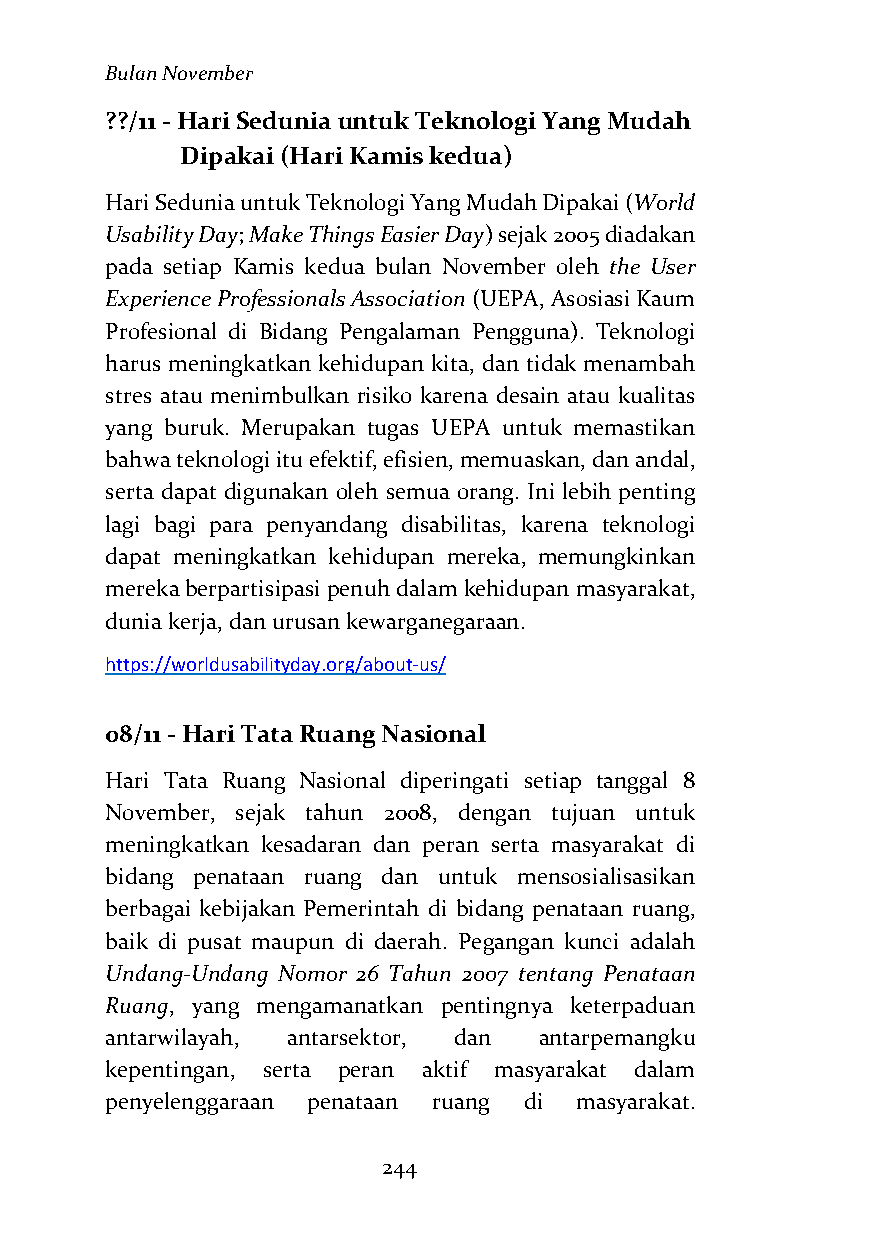
Bulan November
 ??/11 - Hari Sedunia untuk Teknologi Yang Mudah
 Dipakai (Hari Kamis kedua)
 Hari Sedunia untuk Teknologi Yang Mudah Dipakai (World
 Usability Day; Make Things Easier Day) sejak 2005 diadakan
 pada setiap Kamis kedua bulan November oleh the User
 Experience Professionals Association (UEPA, Asosiasi Kaum
 Profesional di Bidang Pengalaman Pengguna). Teknologi
 harus meningkatkan kehidupan kita, dan tidak menambah
 stres atau menimbulkan risiko karena desain atau kualitas
 yang buruk. Merupakan tugas UEPA untuk memastikan
 bahwa teknologi itu efektif, efisien, memuaskan, dan andal,
 serta dapat digunakan oleh semua orang. Ini lebih penting
 lagi bagi para penyandang disabilitas, karena teknologi
 dapat meningkatkan kehidupan mereka, memungkinkan
 mereka berpartisipasi penuh dalam kehidupan masyarakat,
 dunia kerja, dan urusan kewarganegaraan.
 https://worldusabilityday.org/about-us/
 08/11 - Hari Tata Ruang Nasional
 Hari Tata Ruang Nasional diperingati setiap tanggal 8
 November, sejak tahun 2008, dengan tujuan untuk
 meningkatkan kesadaran dan peran serta masyarakat di
 bidang penataan ruang dan untuk mensosialisasikan
 berbagai kebijakan Pemerintah di bidang penataan ruang,
 baik di pusat maupun di daerah. Pegangan kunci adalah
 Undang-Undang Nomor 26 Tahun 2007 tentang Penataan
 Ruang, yang mengamanatkan pentingnya keterpaduan
 antarwilayah, antarsektor, dan antarpemangku
 kepentingan, serta peran aktif masyarakat dalam
 penyelenggaraan penataan ruang di masyarakat.
 244